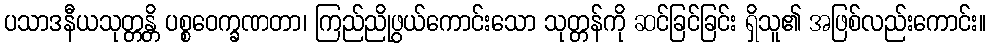
ပသာဒနီယသုတ္တန္တိ ပစ္စဝေက္ခဏတာ၊ ကြည်ညိုဖွယ်ကောင်းသော သုတ္တန်ကို ဆင်ခြင်ခြင်း ရှိသူ၏ အဖြစ်လည်းကောင်း။